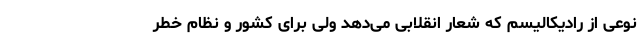
نوعی از رادیکالیسم که شعار انقلابی می‌دهد ولی برای کشور و نظام خطر